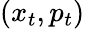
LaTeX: (x_{t},p_{t})